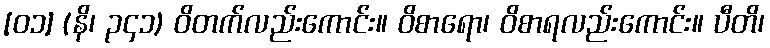
[၀၁] (နိ၊ ၃၄၁) ဝိတက်လည်းကောင်း။ ဝိစာရော၊ ဝိစာရလည်းကောင်း။ ပီတိ၊